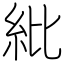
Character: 紕